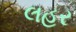
લહર